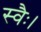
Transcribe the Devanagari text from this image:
स्वैः।